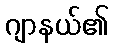
ဂျာနယ်၏